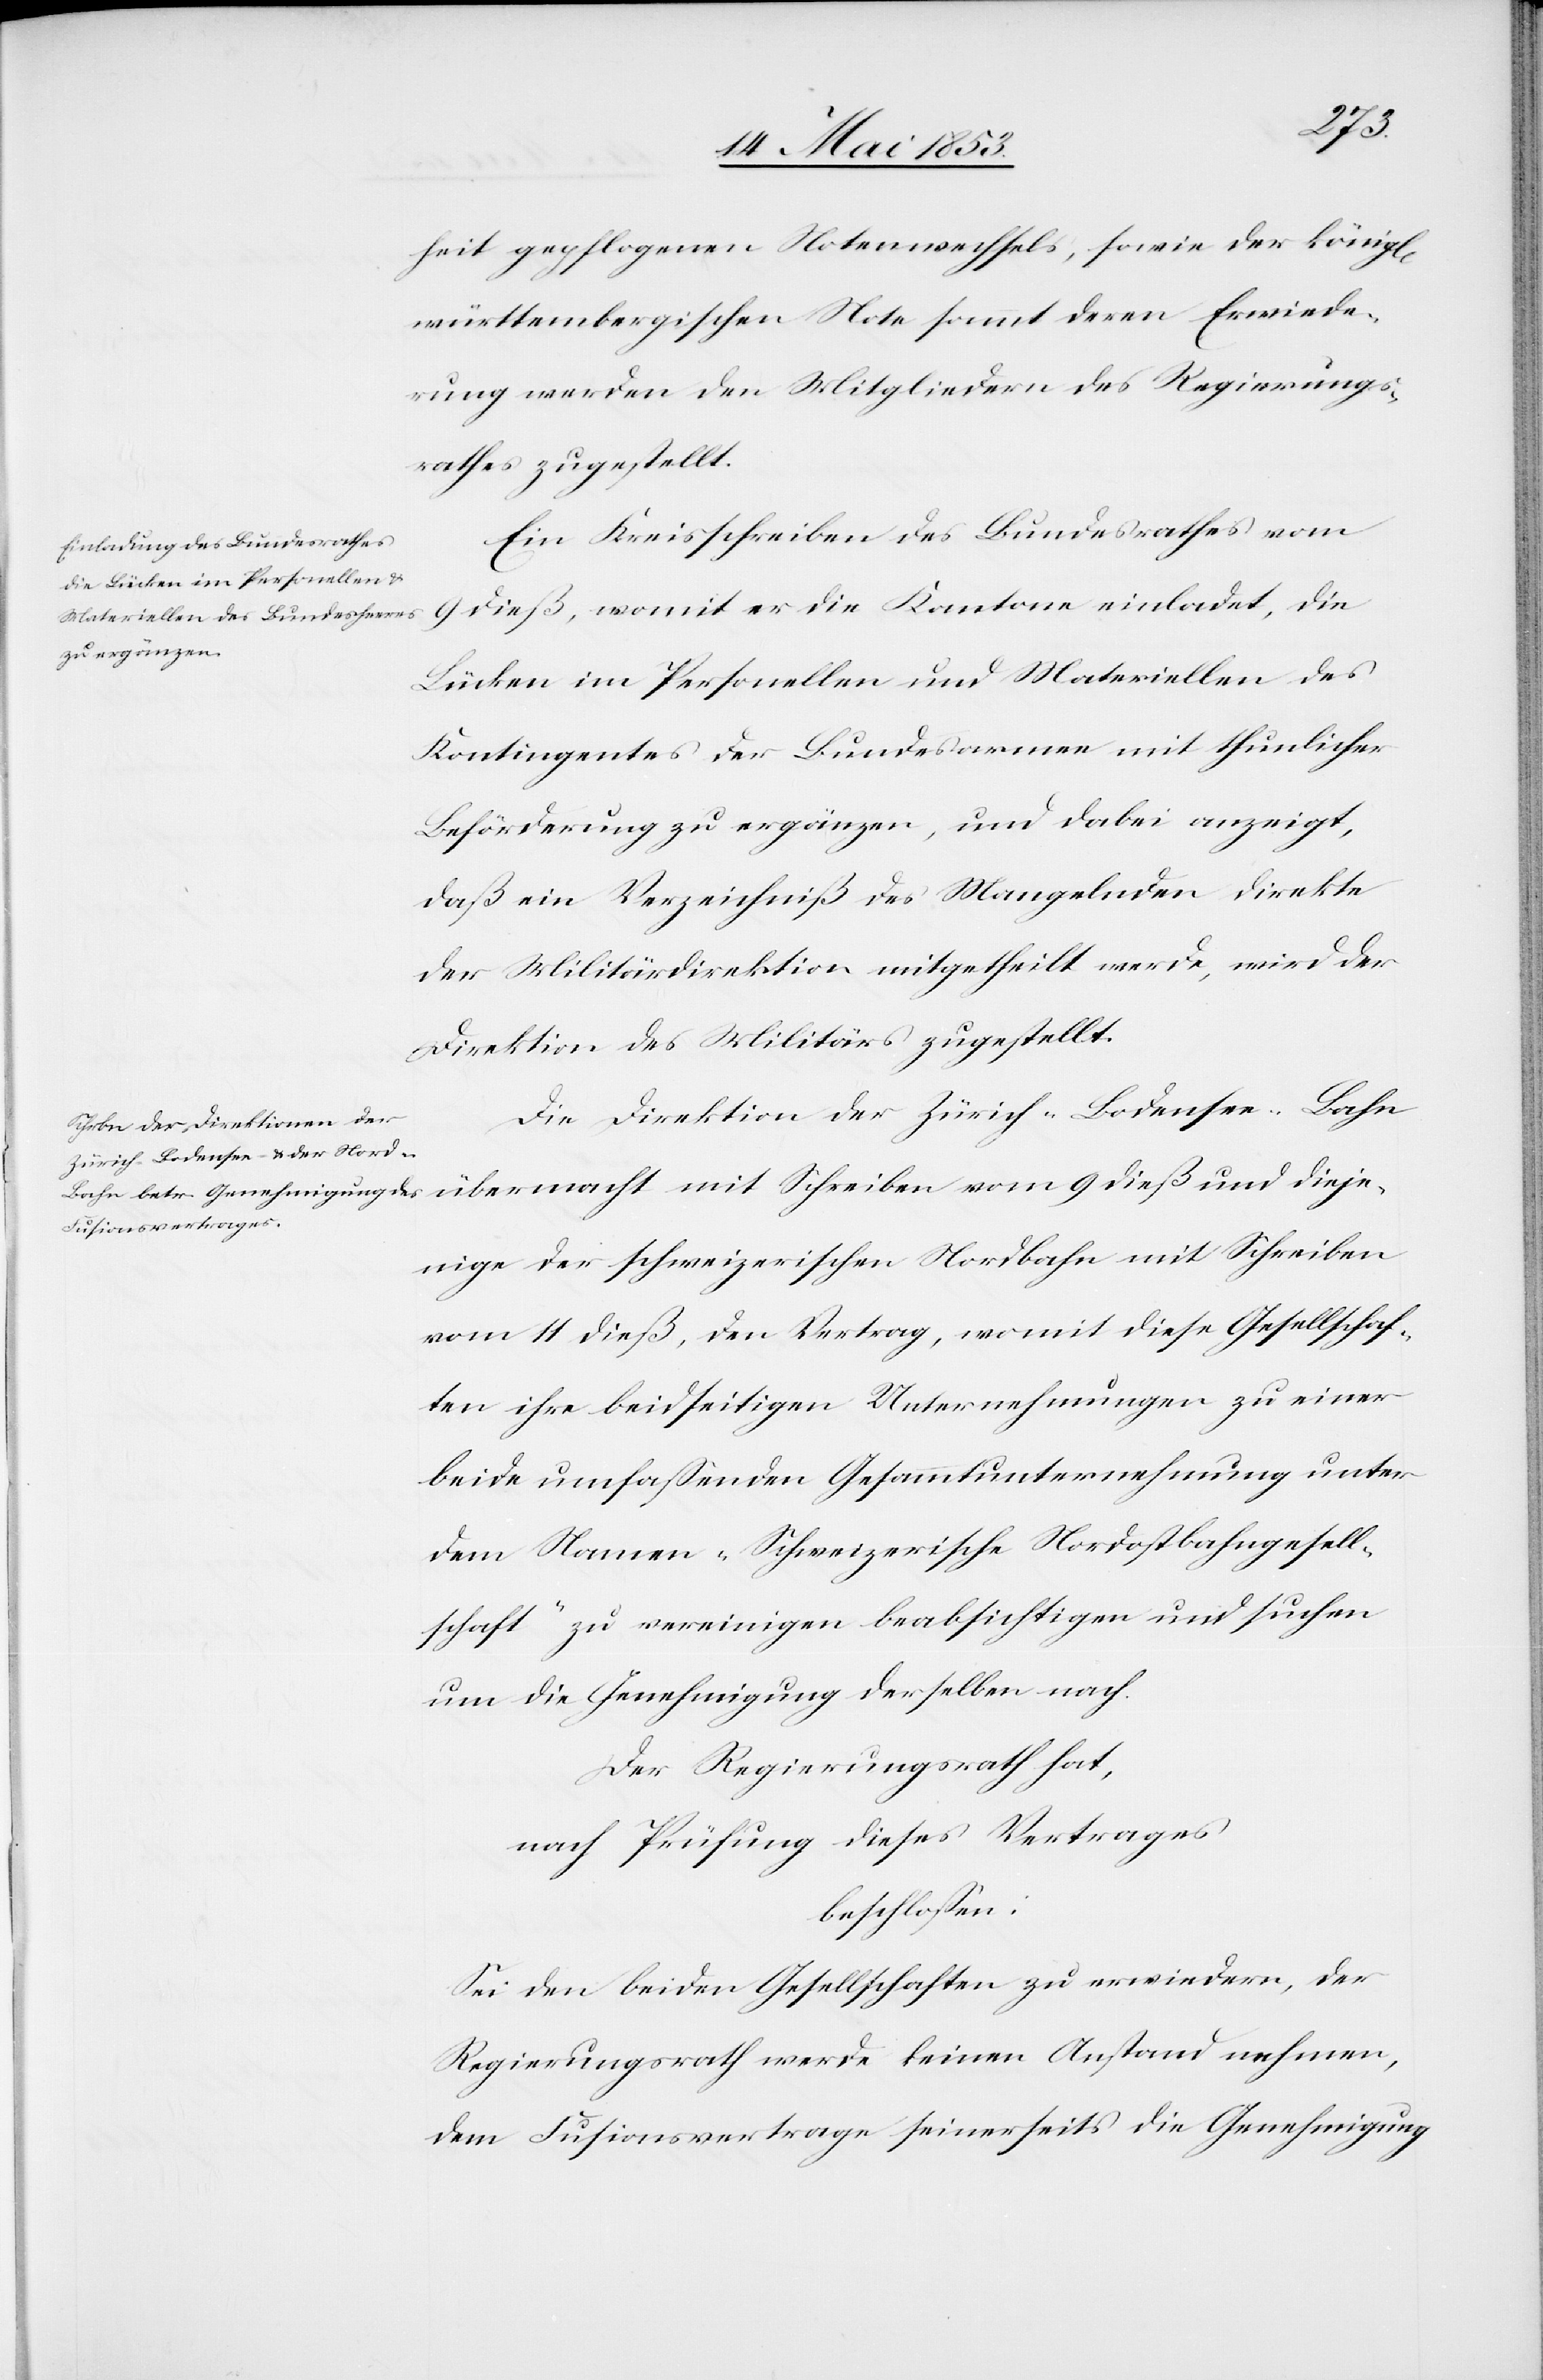
chen]
heit gepflogene Notenwechsels, sowie der königl[i¬
württembergischen Note sammt deren Erwiede¬
rung werden die Mitglieder des Regierungs¬
rathes zugestellt.
Ein Kreisschreiben des Bundesrathes vom
9 dieß, womit er die Kantone einladet, die
Brücken im Personellen und Materiellen des
Kontigentes der Bundesarmee mit thunlicher
Beförderung zu ergänzen, und dabei anzeigt,
daß ein Verzeichniß des Mangelnden direkte
der Militärdirektion mitgetheilt werde, wird der
Direktion des Militärs zugestellt.
Die Direktion der Zürich-Bodensee-Bahn
übermacht mit Schreiben vom 9 dieß und dieje¬
nige der schweizerischen Nordbahn mit Schreiben
vom 11 dieß, den Vertrag, womit diese Gesellschaf¬
ten ihre beidseitigen Unternehmungen zu einer
beide umfaßenden Gesammtunternehmung unter
dem Namen „Schweizerische Nordostbahngesell¬
schaft“ zu vereinigen beabsichtigen und suchen
um die Genehmigung derselben nach.
Der Regierungsrath hat,
nach Prüfung dieses Vertrages
beschloßen:
Sei den beiden Gesellschaften zu erwiedern, der
Regierungsrath werde keinen Anstand nehmen,
dem Fusionsvertrage seinerseits die Genehmigung